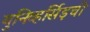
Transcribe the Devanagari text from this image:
युनिव्हर्सिड़ची